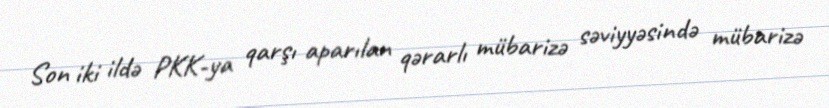
Son iki ildə PKK-ya qarşı aparılan qərarlı mübarizə səviyyəsində mübarizə